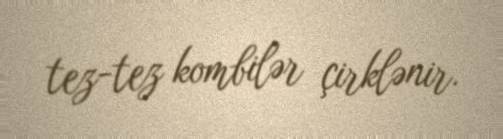
tez-tez kombilər çirklənir.